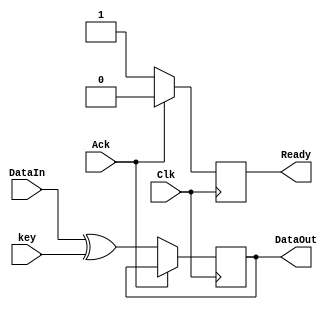
module Encryption(
	input 			 Clk,
	input 			 Ack,
	//input 	  [7:0]ID,
	input 	  [7:0]DataIn,
	//input 	  [7:0]SizeOfData,
	input 	  [7:0]key,
	//input 	  [7:0]NumberOfKeys,
	output reg [7:0]DataOut,
	output reg      Ready	// toggled 'low' to indicate start of encryption
									// and toggled 'high' to indicate completion.
);

//reg [2:0]dataCount;
reg [3:0]count;
//reg [7:0]temp;
//parameter NumberOfbitsInByte = 8;

always @(posedge Clk) begin

	if (Ack) begin
		Ready <= 1'b0;
//		count <= 1'b0;
//		dataCount <= 0;
	end
	else begin
//		if (dataCount < SizeOfData) begin
//		for (count = 0; count < 8; count = count + 1'b1) begin
//			temp <= DataIn[count] ^ key[count];
//			DataOut[count] <= temp;
////			dataCount <= dataCount + 1'b1;
////			keyCount  <= keyCount + 1'b1;
////			
////			if (keyCount == NumberOfKeys)
////				keyCount <= 1'b0;		// wrap around.
//		end
//		if (count == 8)
//		temp <= DataIn ^ key;
		DataOut <= DataIn ^ key;
			Ready <= 1'b1;				// to indicate that we completed encryption.
	end
end

endmodule